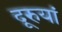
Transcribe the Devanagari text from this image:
दूरुयां